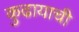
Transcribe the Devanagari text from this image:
कुढायाची